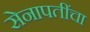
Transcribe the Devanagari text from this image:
सेनापतींचा